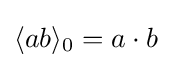
\langle ab\rangle _{0}=a\cdot b